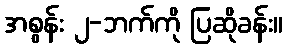
အစွန်း ၂-ဘက်ကို ပြဆိုခန်း။